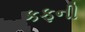
કફની